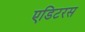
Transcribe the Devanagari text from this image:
एडिटरस